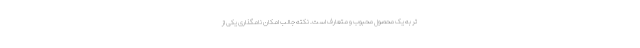
تر به یک محصول محبوب و متعارف است. نکته جالب امکان نامگذاری یکی از